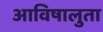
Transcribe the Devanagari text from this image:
आविषालुता